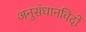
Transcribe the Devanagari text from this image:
अनुसंधानविदों